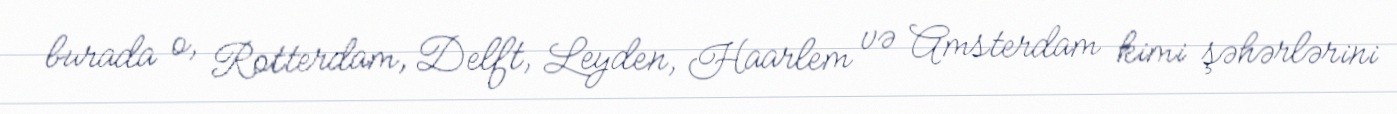
burada o, Rotterdam, Delft, Leyden, Haarlem və Amsterdam kimi şəhərlərini